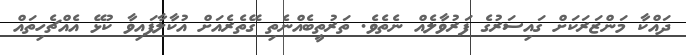
ދައްކާ މަންޒަރަކަށް ގައިސަރުގެ ފަރުވާލެއް ނެތެވެ. ތަރުތީބެއްނެތި ގޭތެރެއަށް އުކާލާފައިވާ ކުޅޭ އެއްޗެހިތައް